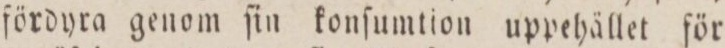
fördyra genom ſin konſumtion uppehället för